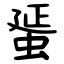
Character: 蜑